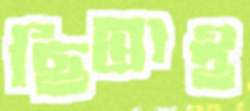
ছিন্তাই